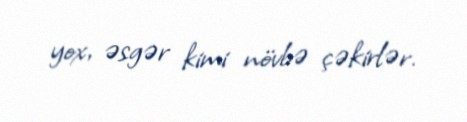
yox, əsgər kimi növbə çəkirlər.